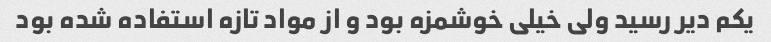
یکم دیر رسید ولی خیلی خوشمزه بود و از مواد تازه استفاده شده بود